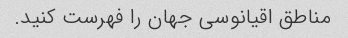
مناطق اقیانوسی جهان را فهرست کنید.